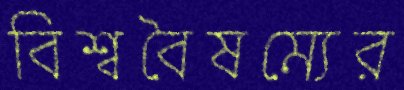
বিশ্ববৈষম্যের